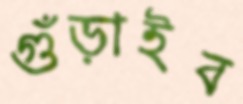
গুঁড়াইব